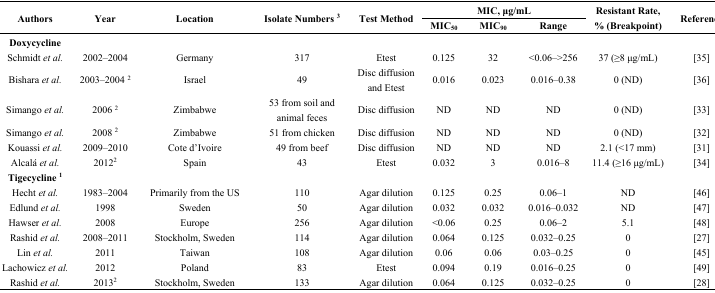
<table><thead><tr><td rowspan="2"><b>Authors</b></td><td rowspan="2"><b>Year</b></td><td rowspan="2"><b>Location</b></td><td rowspan="2"><b>Isolate Numbers <sup>3</sup></b></td><td rowspan="2"><b>Test Method</b></td><td colspan="3"><b>MIC, μg/mL</b></td><td rowspan="2"><b>Resistant Rate, % (Breakpoint)</b></td><td rowspan="2"><b>Reference</b></td></tr><tr><td><b>MIC<sub>50</sub></b></td><td><b>MIC<sub>90</sub></b></td><td><b>Range</b></td></tr></thead><tbody><tr><td>Doxycycline</td><td></td><td></td><td></td><td></td><td></td><td></td><td></td><td></td><td></td></tr><tr><td>Schmidt <i>et al.</i></td><td>2002–2004</td><td>Germany</td><td>317</td><td>Etest</td><td>0.125</td><td>32</td><td>&lt;0.06–&gt;256</td><td>37 (≥8 μg/mL)</td><td>[35]</td></tr><tr><td>Bishara <i>et al.</i></td><td>2003–2004 <sup>2</sup></td><td>Israel</td><td>49</td><td>Disc diffusion and Etest</td><td>0.016</td><td>0.023</td><td>0.016–0.38</td><td>0 (ND)</td><td>[36]</td></tr><tr><td>Simango <i>et al.</i></td><td>2006 <sup>2</sup></td><td>Zimbabwe</td><td>53 from soil and animal feces</td><td>Disc diffusion</td><td>ND</td><td>ND</td><td>ND</td><td>0 (ND)</td><td>[33]</td></tr><tr><td>Simango <i>et al.</i></td><td>2008 <sup>2</sup></td><td>Zimbabwe</td><td>51 from chicken</td><td>Disc diffusion</td><td>ND</td><td>ND</td><td>ND</td><td>0 (ND)</td><td>[32]</td></tr><tr><td>Kouassi <i>et al.</i></td><td>2009–2010</td><td>Cote d’Ivoire</td><td>49 from beef</td><td>Disc diffusion</td><td>ND</td><td>ND</td><td>ND</td><td>2.1 (&lt;17 mm)</td><td>[31]</td></tr><tr><td>Alcalá <i>et al.</i></td><td>2012<sup>2</sup></td><td>Spain</td><td>43</td><td>Etest</td><td>0.032</td><td>3</td><td>0.016–8</td><td>11.4 (≥16 μg/mL)</td><td>[34]</td></tr><tr><td><b>Tigecycline</b><sup>1</sup></td><td></td><td></td><td></td><td></td><td></td><td></td><td></td><td></td><td></td></tr><tr><td>Hecht <i>et al.</i></td><td>1983–2004</td><td>Primarily from the US</td><td>110</td><td>Agar dilution</td><td>0.125</td><td>0.25</td><td>0.06–1</td><td>ND</td><td>[46]</td></tr><tr><td>Edlund <i>et al.</i></td><td>1998</td><td>Sweden</td><td>50</td><td>Agar dilution</td><td>0.032</td><td>0.032</td><td>0.016–0.032</td><td>ND</td><td>[47]</td></tr><tr><td>Hawser <i>et al.</i></td><td>2008</td><td>Europe</td><td>256</td><td>Agar dilution</td><td>&lt;0.06</td><td>0.25</td><td>0.06–2</td><td>5.1</td><td>[48]</td></tr><tr><td>Rashid <i>et al.</i></td><td>2008–2011</td><td>Stockholm, Sweden</td><td>114</td><td>Agar dilution</td><td>0.064</td><td>0.125</td><td>0.032–0.25</td><td>0</td><td>[27]</td></tr><tr><td>Lin <i>et al.</i></td><td>2011</td><td>Taiwan</td><td>108</td><td>Agar dilution</td><td>0.06</td><td>0.06</td><td>0.03–0.25</td><td>0</td><td>[45]</td></tr><tr><td>Lachowicz <i>et al.</i></td><td>2012</td><td>Poland</td><td>83</td><td>Etest</td><td>0.094</td><td>0.19</td><td>0.016–0.25</td><td>0</td><td>[49]</td></tr><tr><td>Rashid <i>et al.</i></td><td>2013<sup>2</sup></td><td>Stockholm, Sweden</td><td>133</td><td>Agar dilution</td><td>0.064</td><td>0.125</td><td>0.032–0.25</td><td>0</td><td>[28]</td></tr></tbody></table>